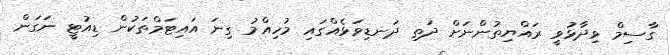
ގާސިމް ވިދާޅުވީ ރައްޔިތުންނަށް ދަތި ދަނޑިވަޅެއްގައި މުހިއްމު ގިނަ އައިޓަމްތަކުން ޑިއުޓީ ނަގަން